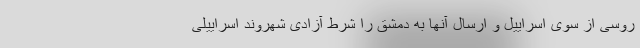
روسی از سوی اسراییل و ارسال آنها به دمشق را شرط آزادی شهروند اسراییلی